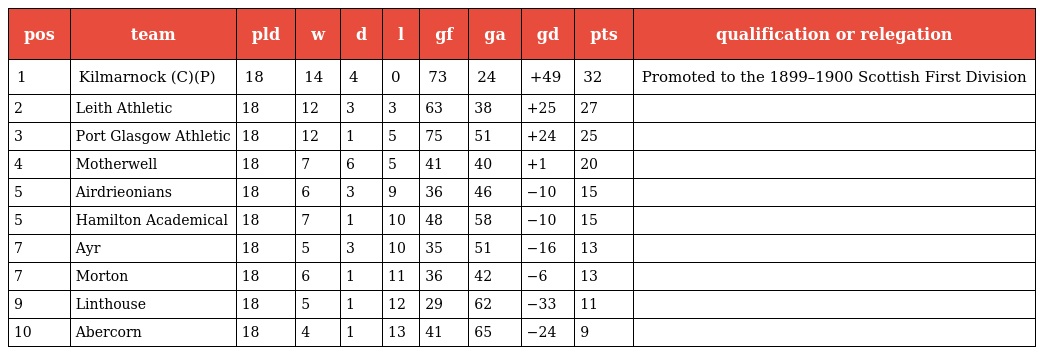
| pos | team | pld | w | d | l | gf | ga | gd | pts | qualification or relegation |
 | --- | --- | --- | --- | --- | --- | --- | --- | --- | --- | --- |
 | 1 | Kilmarnock (C)(P) | 18 | 14 | 4 | 0 | 73 | 24 | +49 | 32 | Promoted to the 1899–1900 Scottish First Division |
 | 2 | Leith Athletic | 18 | 12 | 3 | 3 | 63 | 38 | +25 | 27 |  |
 | 3 | Port Glasgow Athletic | 18 | 12 | 1 | 5 | 75 | 51 | +24 | 25 |  |
 | 4 | Motherwell | 18 | 7 | 6 | 5 | 41 | 40 | +1 | 20 |  |
 | 5 | Airdrieonians | 18 | 6 | 3 | 9 | 36 | 46 | −10 | 15 |  |
 | 5 | Hamilton Academical | 18 | 7 | 1 | 10 | 48 | 58 | −10 | 15 |  |
 | 7 | Ayr | 18 | 5 | 3 | 10 | 35 | 51 | −16 | 13 |  |
 | 7 | Morton | 18 | 6 | 1 | 11 | 36 | 42 | −6 | 13 |  |
 | 9 | Linthouse | 18 | 5 | 1 | 12 | 29 | 62 | −33 | 11 |  |
 | 10 | Abercorn | 18 | 4 | 1 | 13 | 41 | 65 | −24 | 9 |  |